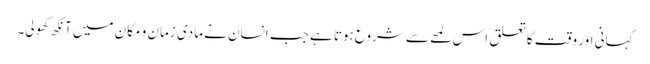
کہانی اور وقت کا تعلق اس لمحے سے شروع ہوتا ہے جب انسان نے مادی زمان و مکان میں آنکھ کھولی۔